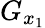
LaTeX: G_{x_{1}}